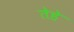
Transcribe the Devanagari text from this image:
तेहे